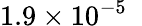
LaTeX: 1.9\times 10^{-5}~\